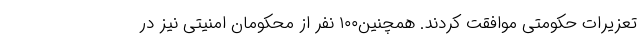
تعزیرات حکومتی موافقت کردند. همچنین۱۰۰ نفر از محکومان امنیتی نیز در